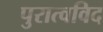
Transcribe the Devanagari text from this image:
पुरात्वविद